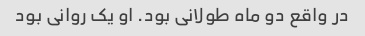
در واقع دو ماه طولانی بود. او یک روانی بود